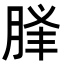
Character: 𦛥